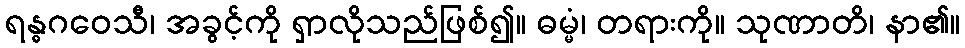
ရန္ဓဂဝေသီ၊ အခွင့်ကို ရှာလိုသည်ဖြစ်၍။ ဓမ္မံ၊ တရားကို။ သုဏာတိ၊ နာ၏။